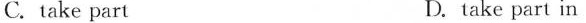
C. take part D.take part in